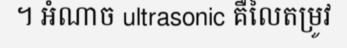
។ អំណាច ultrasonic គឺលៃតម្រូវ